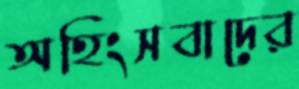
অহিংসবাদের